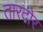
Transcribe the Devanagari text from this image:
तारदोर